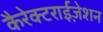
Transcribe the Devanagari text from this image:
कैरेक्टराईज़ेशन